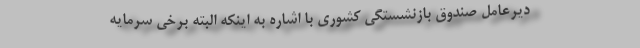
دیرعامل صندوق بازنشستگی کشوری با اشاره به اینکه البته برخی سرمایه